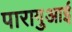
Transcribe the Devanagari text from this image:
पारागुआई